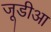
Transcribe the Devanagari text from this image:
जूडीआ